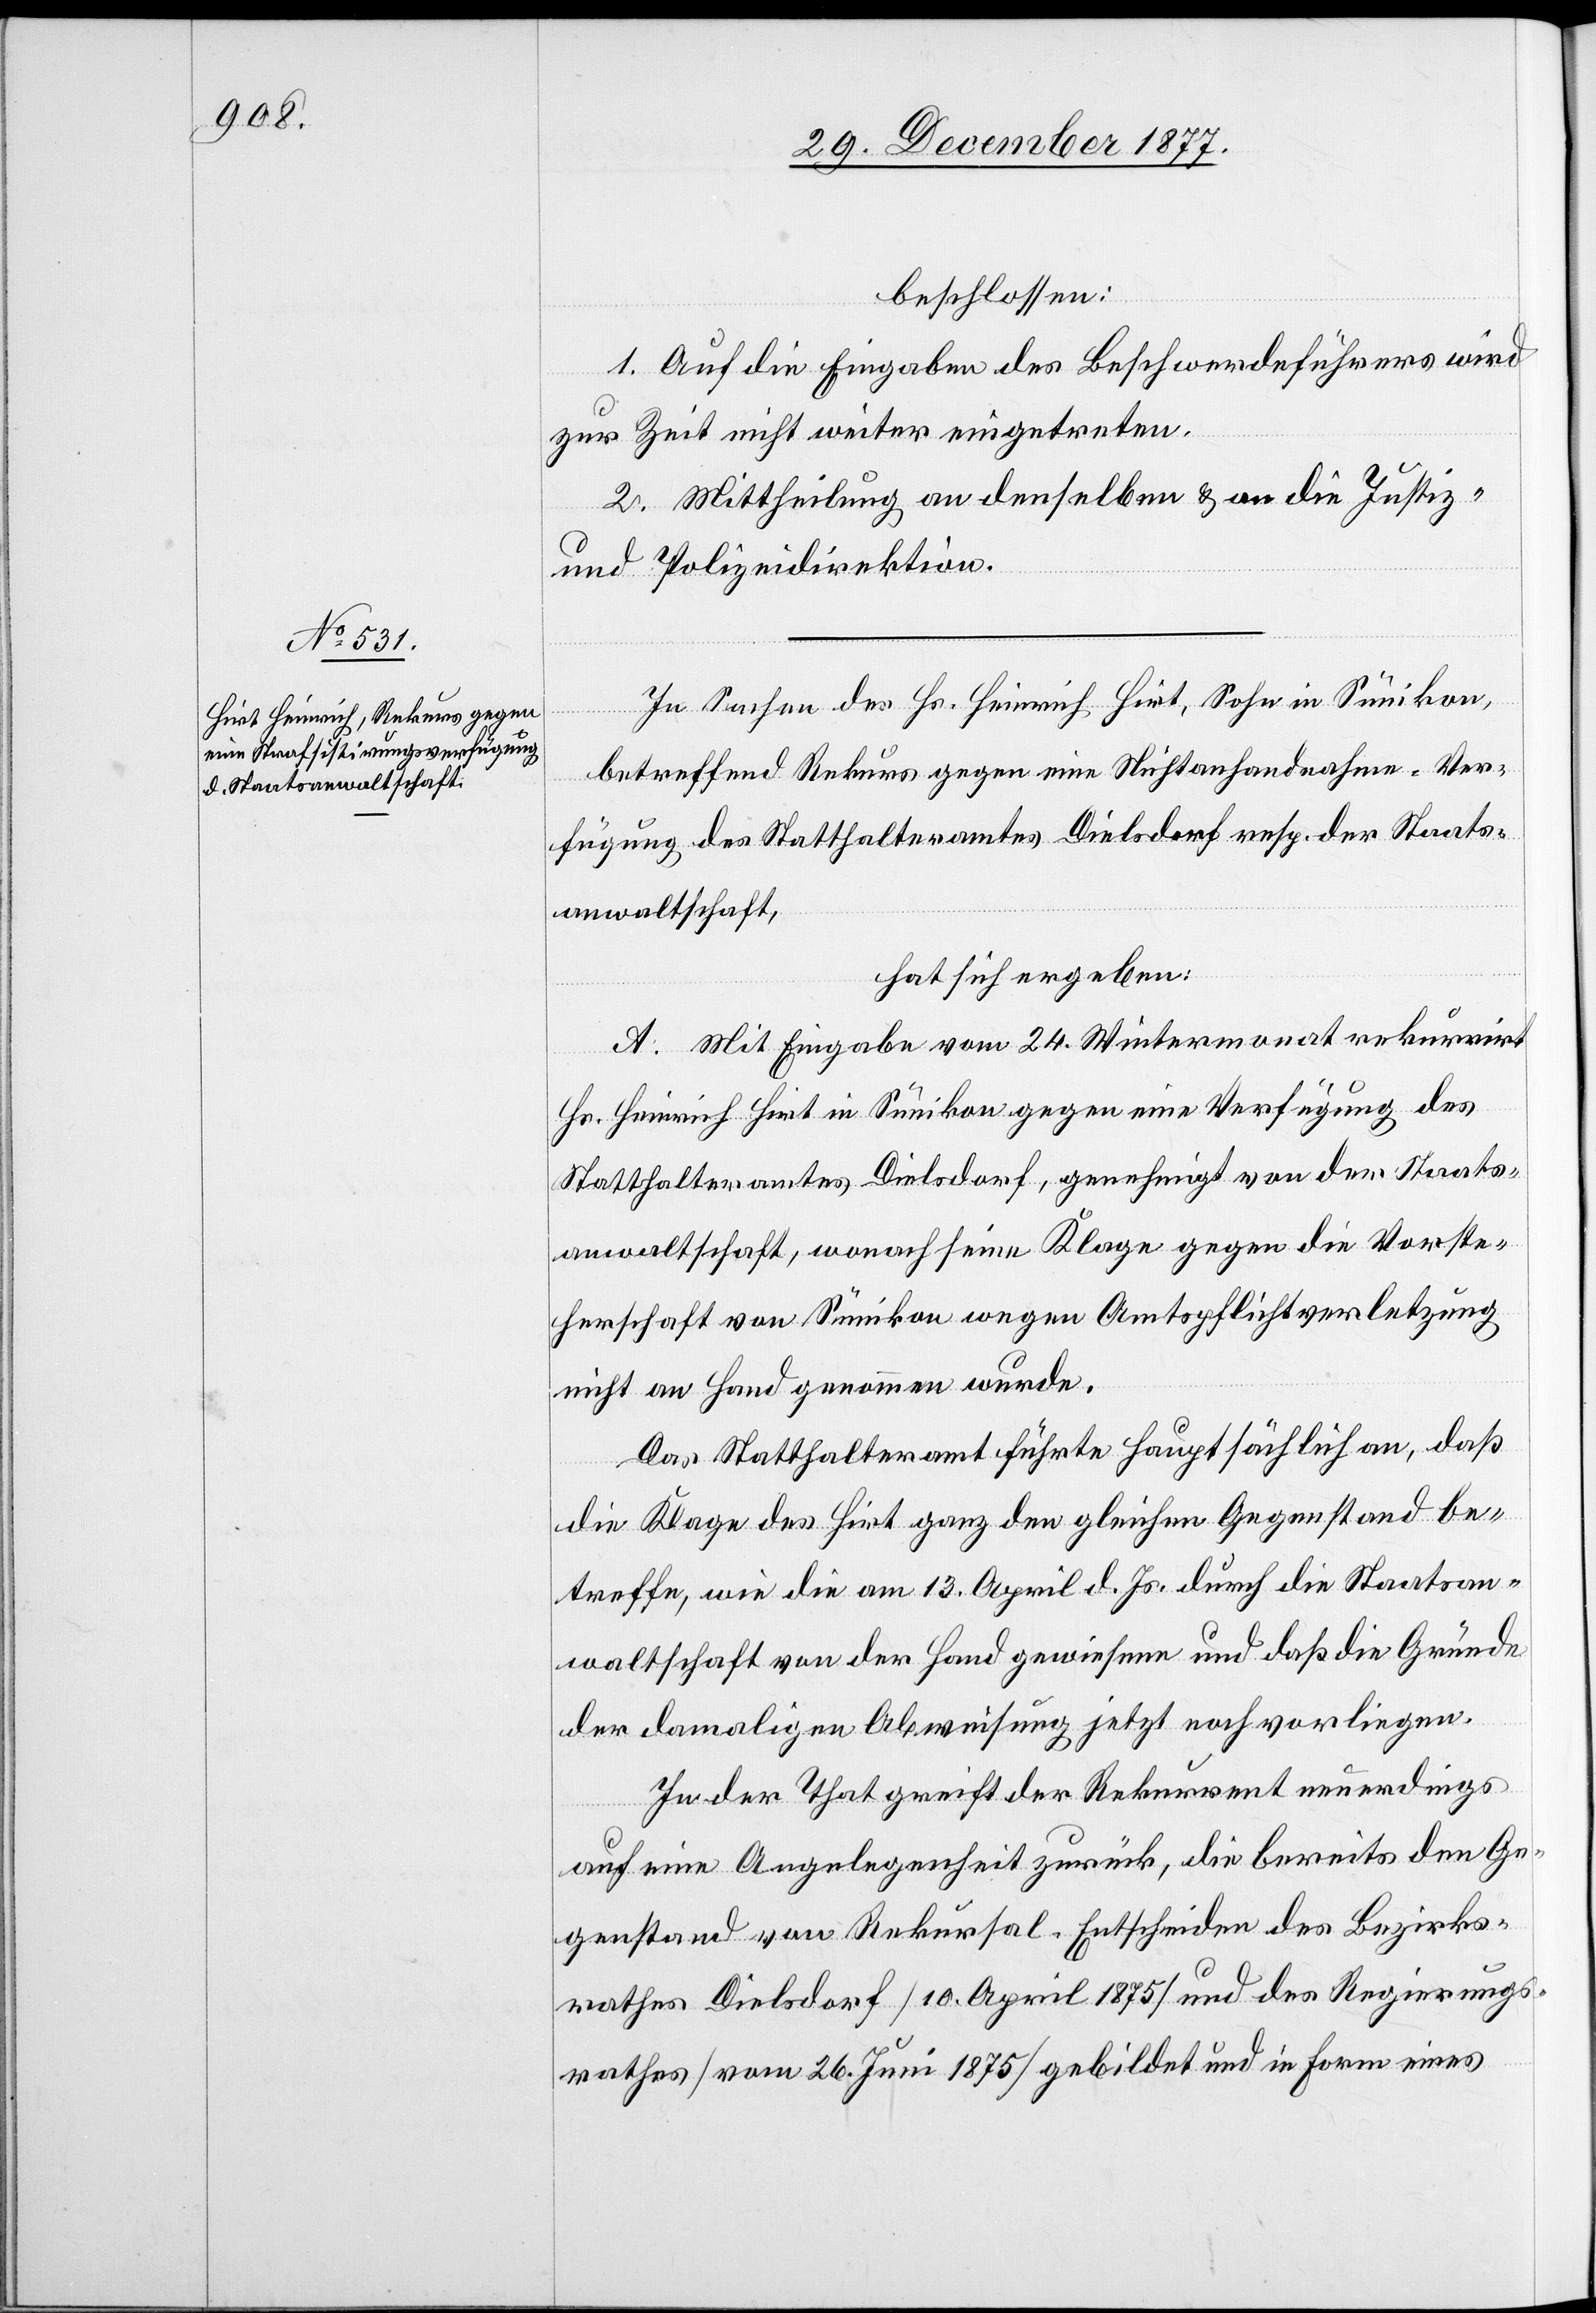
beschlossen:
1. Auf die Eingaben des Beschwerdeführers wird
zur Zeit nicht weiter eingetreten.
2. Mittheilung an denselben & an die Justiz-
und Polizeidirektion.